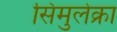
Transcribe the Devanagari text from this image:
सिमुलेक्रा